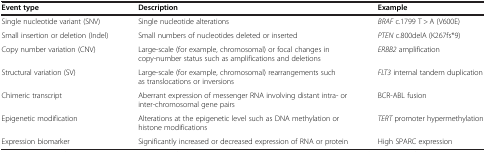
<table><thead><tr><td><b>Event type</b></td><td><b>Description</b></td><td><b>Example</b></td></tr></thead><tbody><tr><td>Single nucleotide variant (SNV)</td><td>Single nucleotide alterations</td><td><i>BRAF</i> c.1799 T &gt; A (V600E)</td></tr><tr><td>Small insertion or deletion (Indel)</td><td>Small numbers of nucleotides deleted or inserted</td><td><i>PTEN</i> c.800delA (K267fs*9)</td></tr><tr><td>Copy number variation (CNV)</td><td>Large-scale (for example, chromosomal) or focal changes in copy-number status such as amplifications and deletions</td><td><i>ERBB2</i> amplification</td></tr><tr><td>Structural variation (SV)</td><td>Large-scale (for example, chromosomal) rearrangements such as translocations or inversions</td><td><i>FLT3</i> internal tandem duplication</td></tr><tr><td>Chimeric transcript</td><td>Aberrant expression of messenger RNA involving distant intra- or inter-chromosomal gene pairs</td><td>BCR-ABL fusion</td></tr><tr><td>Epigenetic modification</td><td>Alterations at the epigenetic level such as DNA methylation or histone modifications</td><td><i>TERT</i> promoter hypermethylation</td></tr><tr><td>Expression biomarker</td><td>Significantly increased or decreased expression of RNA or protein</td><td>High SPARC expression</td></tr></tbody></table>